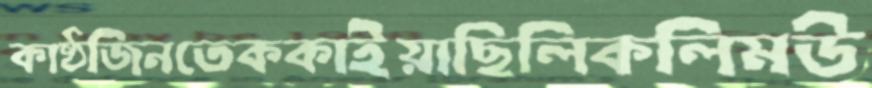
কাষ্ঠজিনতেককাইয়াছিলিকলিমউ